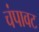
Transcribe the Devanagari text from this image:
चंपावट